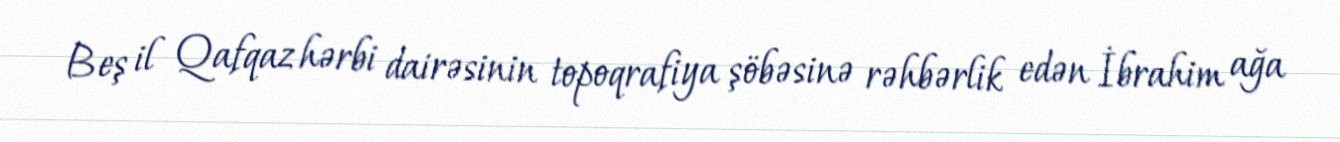
Beş il Qafqaz hərbi dairəsinin topoqrafiya şöbəsinə rəhbərlik edən İbrahim ağa